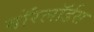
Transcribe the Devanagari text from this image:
वाॅरलाॅर्डस